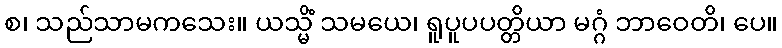
စ၊ သည်သာမကသေး။ ယသ္မိံ သမယေ၊ ရူပူပပတ္တိယာ မဂ္ဂံ ဘာဝေတိ၊ ပေ။